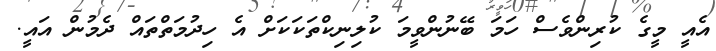
އެއީ މީގެ ކުރިންވެސް ހަމަ ބޭނުންވީމަ ކުލިނިކްތަކަކަށް އެ ހިދުމަތްތައް ދެމުން އައީ.